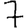
Digit: 7